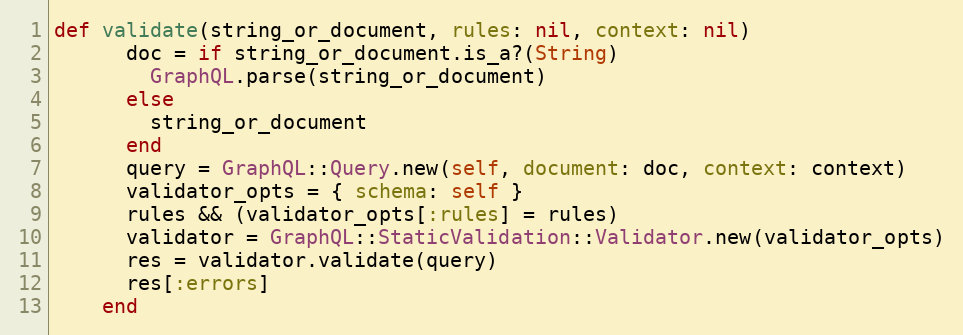
Language: Ruby
def validate(string_or_document, rules: nil, context: nil)
      doc = if string_or_document.is_a?(String)
        GraphQL.parse(string_or_document)
      else
        string_or_document
      end
      query = GraphQL::Query.new(self, document: doc, context: context)
      validator_opts = { schema: self }
      rules && (validator_opts[:rules] = rules)
      validator = GraphQL::StaticValidation::Validator.new(validator_opts)
      res = validator.validate(query)
      res[:errors]
    end